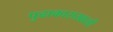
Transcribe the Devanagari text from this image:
पुढाकाराखाली